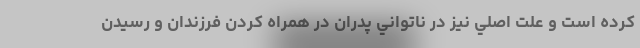
كرده است و علت اصلي نيز در ناتواني پدران در همراه كردن فرزندان و رسيدن